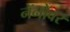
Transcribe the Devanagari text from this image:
नॅनोवर